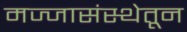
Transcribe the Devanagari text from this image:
मज्जासंस्थेतून